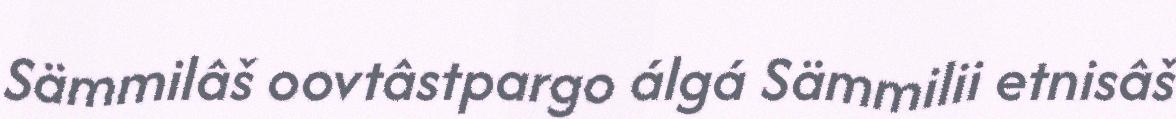
Sämmilâš oovtâstpargo álgá Sämmilii etnisâš